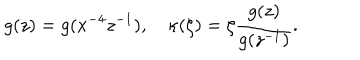
LaTeX: g ( z ) = g ( x ^ { - 4 } z ^ { - 1 } ) , ~ \kappa ( \zeta ) = \zeta \frac { g ( z ) } { g ( z ^ { - 1 } ) } .